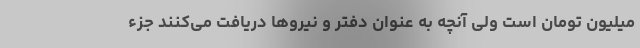
میلیون تومان است ولی آنچه به عنوان دفتر و نیروها دریافت می‌کنند جزء